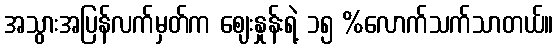
အသွားအပြန်လက်မှတ်က ဈေးနှုန်းရဲ့ ၁၅ %လောက်သက်သာတယ်။